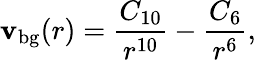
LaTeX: \mathbf{v}_{\mathrm{{bg}}}(r)=\frac{{C_{10}}}{{r^{10}}}-\frac{{C_{6}}}{{r^{6}}},